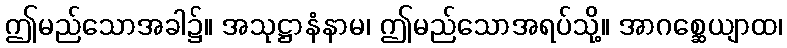
ဤမည်သောအခါ၌။ အသုဋ္ဌာနံနာမ၊ ဤမည်သောအရပ်သို့။ အာဂစ္ဆေယျာထ၊